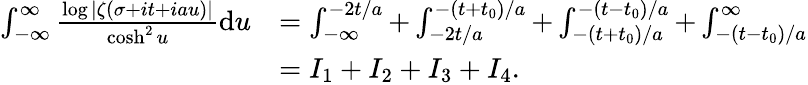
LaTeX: \begin{array}{rl}{\int_{-\infty}^{\infty}\frac{\log|\zeta(\sigma+it+iau)|}{\cosh^{2}u}\mathrm{d}u}&{=\int_{-\infty}^{-2t/a}+\int_{-2t/a}^{-(t+t_{0})/a}+\int_{-(t+t_{0})/a}^{-(t-t_{0})/a}+\int_{-(t-t_{0})/a}^{\infty}}\\ &{=I_{1}+I_{2}+I_{3}+I_{4}.}\end{array}